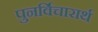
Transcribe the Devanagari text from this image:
पुनर्विचारार्थ